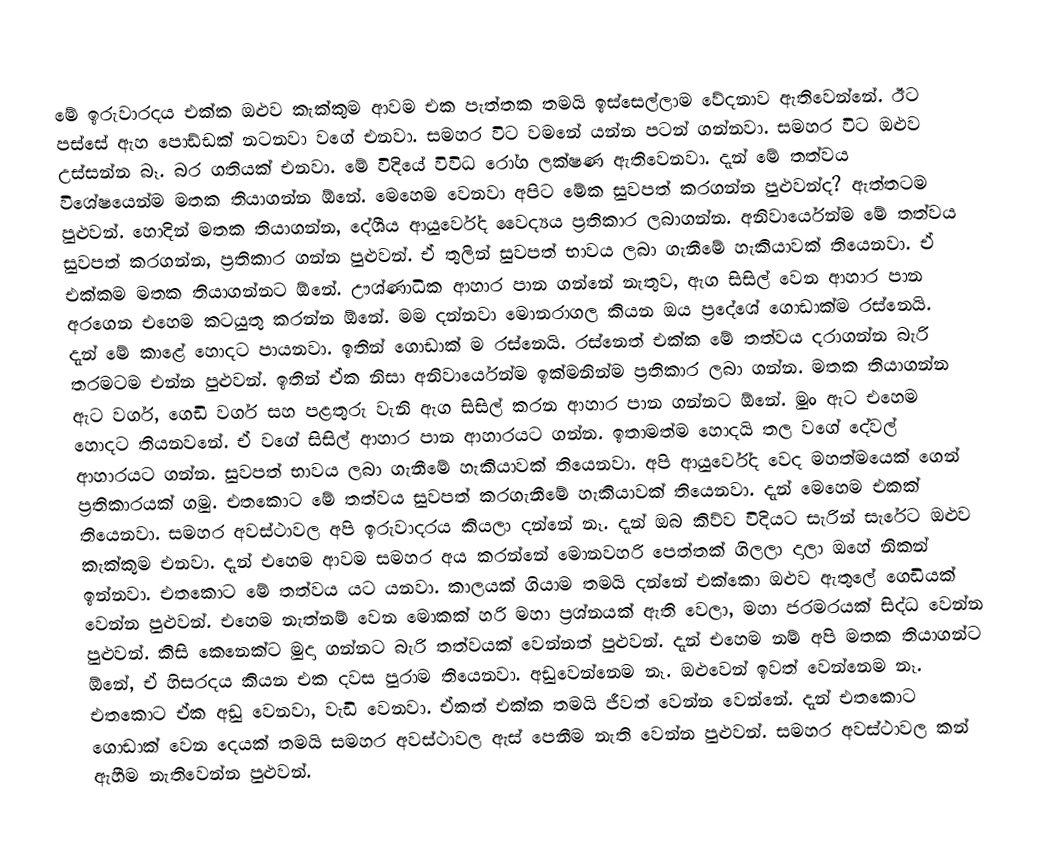
මේ ඉරුවාරදය එක්ක ඔළුව කැක්කුම ආවම එක පැත්තක තමයි ඉස්සෙල්ලාම වේදනාව ඇතිවෙන්නේ. ඊට පස්සේ ඇහ පොඩ්ඩක් නටනවා වගේ එනවා. සමහර විට වමනේ යන්න පටන් ගන්නවා. සමහර විට ඔළුව උස්සන්න බෑ. බර ගතියක් එනවා. මේ විදියේ විවිධ රෝග ලක්ෂණ ඇතිවෙනවා. දැන් මේ තත්වය විශේෂයෙන්ම මතක තියාගන්න ඕනේ. මෙහෙම වෙනවා අපිට මේක සුවපත් කරගන්න පුළුවන්ද? ඇත්තටම පුළුවන්. හොදින් මතක තියාගන්න, දේශීය ආයුර්වේද වෛද්‍යය ප්‍රතිකාර ලබාගන්න. අනිවාර්යෙන්ම මේ තත්වය සුවපත් කරගන්න, ප්‍රතිකාර ගන්න පුළුවන්. ඒ තුලින් සුවපත් භාවය ලබා ගැනීමේ හැකියාවක් තියෙනවා. ඒ එක්කම මතක තියාගන්නට ඕනේ. ඌශ්ණාධික ආහාර පාන  ගන්නේ නැතුව, ඇග සිසිල් වෙන ආහාර පාන අරගෙන එහෙම කටයුතු කරන්න ඕනේ. මම දන්නවා මොනරාගල කියන ඔය ප්‍රදේශේ ගොඩාක්ම රස්නෙයි. දැන් මේ කාළේ හොදට පායනවා. ඉතින් ගොඩාක් ම රස්නෙයි. රස්නෙත් එක්ක මේ තත්වය දරාගන්න බැරි තරමටම එන්න පුළුවන්. ඉතින් ඒක නිසා අනිවාර්යෙන්ම ඉක්මනින්ම ප්‍රතිකාර ලබා ගන්න. මතක තියාගන්න ඇට වර්ග, ගෙඩි වර්ග සහ පළතුරු වැනි ඇග සිසිල් කරන ආහාර පාන ගන්නට ඕනේ. මුං ඇට එහෙම හොදට තියනවනේ. ඒ වගේ සිසිල් ආහාර පාන ආහාරයට ගන්න. ඉතාමත්ම හොදයි තල වගේ දේවල් ආහාරයට ගන්න. සුවපත් භාවය ලබා ගැනීමේ හැකියාවක් තියෙනවා. අපි ආයුර්වේද වෙද මහත්මයෙක් ගෙන් ප්‍රතිකාරයක් ගමු. එතකොට මේ තත්වය සුවපත් කරගැනීමේ හැකියාවක් තියෙනවා.  දැන් මෙහෙම එකක් තියෙනවා. සමහර අවස්ථාවල අපි ඉරුවාදරය කියලා දන්නේ නෑ. දැන් ඔබ කිව්ව විදියට සැරින් සැරේට ඔළුව කැක්කුම එනවා. දැන් එහෙම ආවම සමහර අය කරන්නේ මොනවහරි පෙත්තක් ගිලලා දාලා ඔහේ නිකන් ඉන්නවා. එතකොට මේ තත්වය යට යනවා. කාලයක් ගියාම තමයි දන්නේ එක්කො ඔළුව ඇතුලේ ගෙඩියක් වෙන්න පුළුවන්. එහෙම නැත්නම් වෙන මොකක් හරි මහා ප්‍රශ්නයක් ඇති වෙලා, මහා ජරමරයක් සිද්ධ වෙන්න පුළුවන්. කිසි කෙනෙක්ට මුදා ගන්නට බැරි තත්වයක් වෙන්නත් පුළුවන්.  දැන් එහෙම නම් අපි මතක තියාගන්ට ඕනේ, ඒ හිසරදය කියන එක දවස පුරාම තියෙනවා. අඩුවෙන්නෙම නෑ. ඔළුවෙන් ඉවත් වෙන්නෙම නෑ. එතකොට ඒක අඩු වෙනවා, වැඩි වෙනවා. ඒකත් එක්ක තමයි ජීවත් වෙන්න වෙන්නේ. දැන් එතකොට ගොඩාක් වෙන දෙයක් තමයි සමහර අවස්ථාවල ඇස් පෙනීම නැති වෙන්න පුළුවන්. සමහර අවස්ථාවල කන් ඇහීම නැතිවෙන්න පුළුවන්.